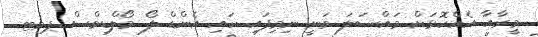
މީރާއާ އެއްކޮޅަށް މައްސަލަ ވަނީ ނިމިފައި ހައި އެންޑް ލޯ މޯލްޑިވްސް ޕވޓ